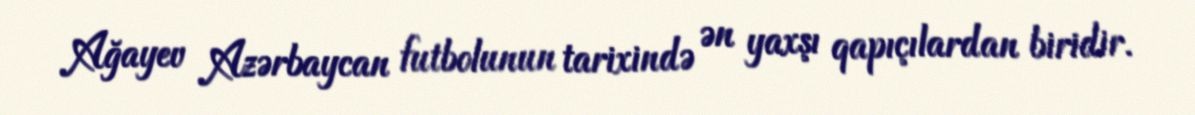
Ağayev Azərbaycan futbolunun tarixində ən yaxşı qapıçılardan biridir.